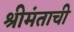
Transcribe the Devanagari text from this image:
श्रीमंताची